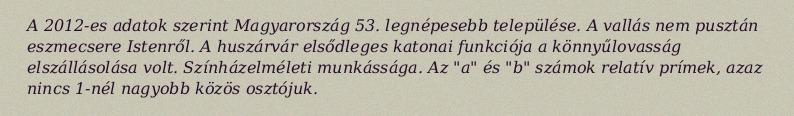
A 2012-es adatok szerint Magyarország 53. legnépesebb települése. A vallás nem pusztán eszmecsere Istenről. A huszárvár elsődleges katonai funkciója a könnyűlovasság elszállásolása volt. Színházelméleti munkássága. Az "a" és "b" számok relatív prímek, azaz nincs 1-nél nagyobb közös osztójuk.